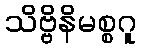
သိဗ္ဗိနိမစ္စဂူ